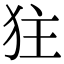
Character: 㹥